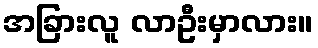
အခြားလူ လာဦးမှာလား။